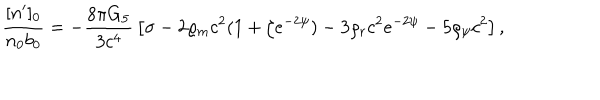
{ \frac { [ n ^ { \prime } ] _ { 0 } } { n _ { 0 } b _ { 0 } } } = - { \frac { 8 \pi G _ { 5 } } { 3 c ^ { 4 } } } \left[ \sigma - 2 \varrho _ { m } c ^ { 2 } ( 1 + \zeta e ^ { - 2 \psi } ) - 3 \varrho _ { r } c ^ { 2 } e ^ { - 2 \psi } - 5 \varrho _ { \psi } c ^ { 2 } \right] ,